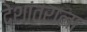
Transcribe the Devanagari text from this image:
देशांतराला